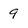
Character: 9